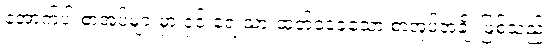
အောက်ပါ စာအုပ်များမှာ ငှင်းရေးသားထုတ်ဝေခဲ့သော စာအုပ်အချို့ဖြစ်သည်။